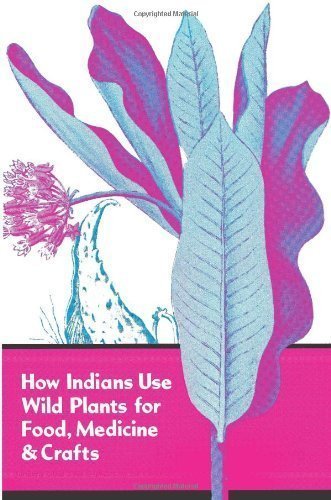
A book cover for How Indians Use Wild Plants for Food, Medicine & Crafts by Frances Densmore (Jun 1 1974); Cookbooks, Food & Wine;